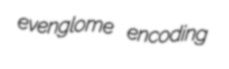
evenglome encoding